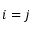
i = j